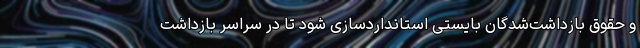
و حقوق بازداشت‌شدگان بایستی استانداردسازی شود تا در سراسر بازداشت